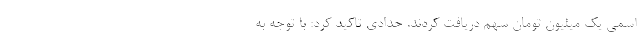
اسمی یک میلیون تومان سهم دریافت کردند. حدادی تاکید کرد: با توجه به